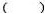
( )